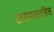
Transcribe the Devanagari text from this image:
असमतारहित